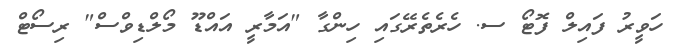
ހަވީރު ފައިލް ފޮޓޯ ސ. ހެރެތެރޭގައި ހިންގާ "އަމާރީ އައްޑޫ މޯލްޑިވްސް" ރިސޯޓް